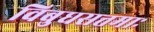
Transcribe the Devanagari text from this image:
विबुधसत्तमाः